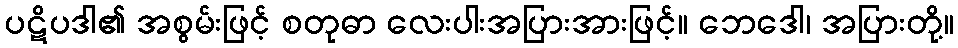
ပဋိပဒါ၏ အစွမ်းဖြင့် စတုဓာ လေးပါးအပြားအားဖြင့်။ ဘေဒေါ၊ အပြားတို့။